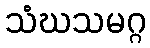
သံဃသမဂ္ဂ